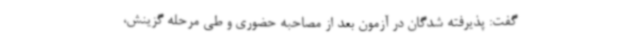
گفت: پذیرفته شدگان در آزمون بعد از مصاحبه حضوری و طی مرحله گزینش،